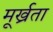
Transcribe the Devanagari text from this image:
मूर्ख्रता